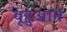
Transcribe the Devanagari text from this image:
वूहुआन